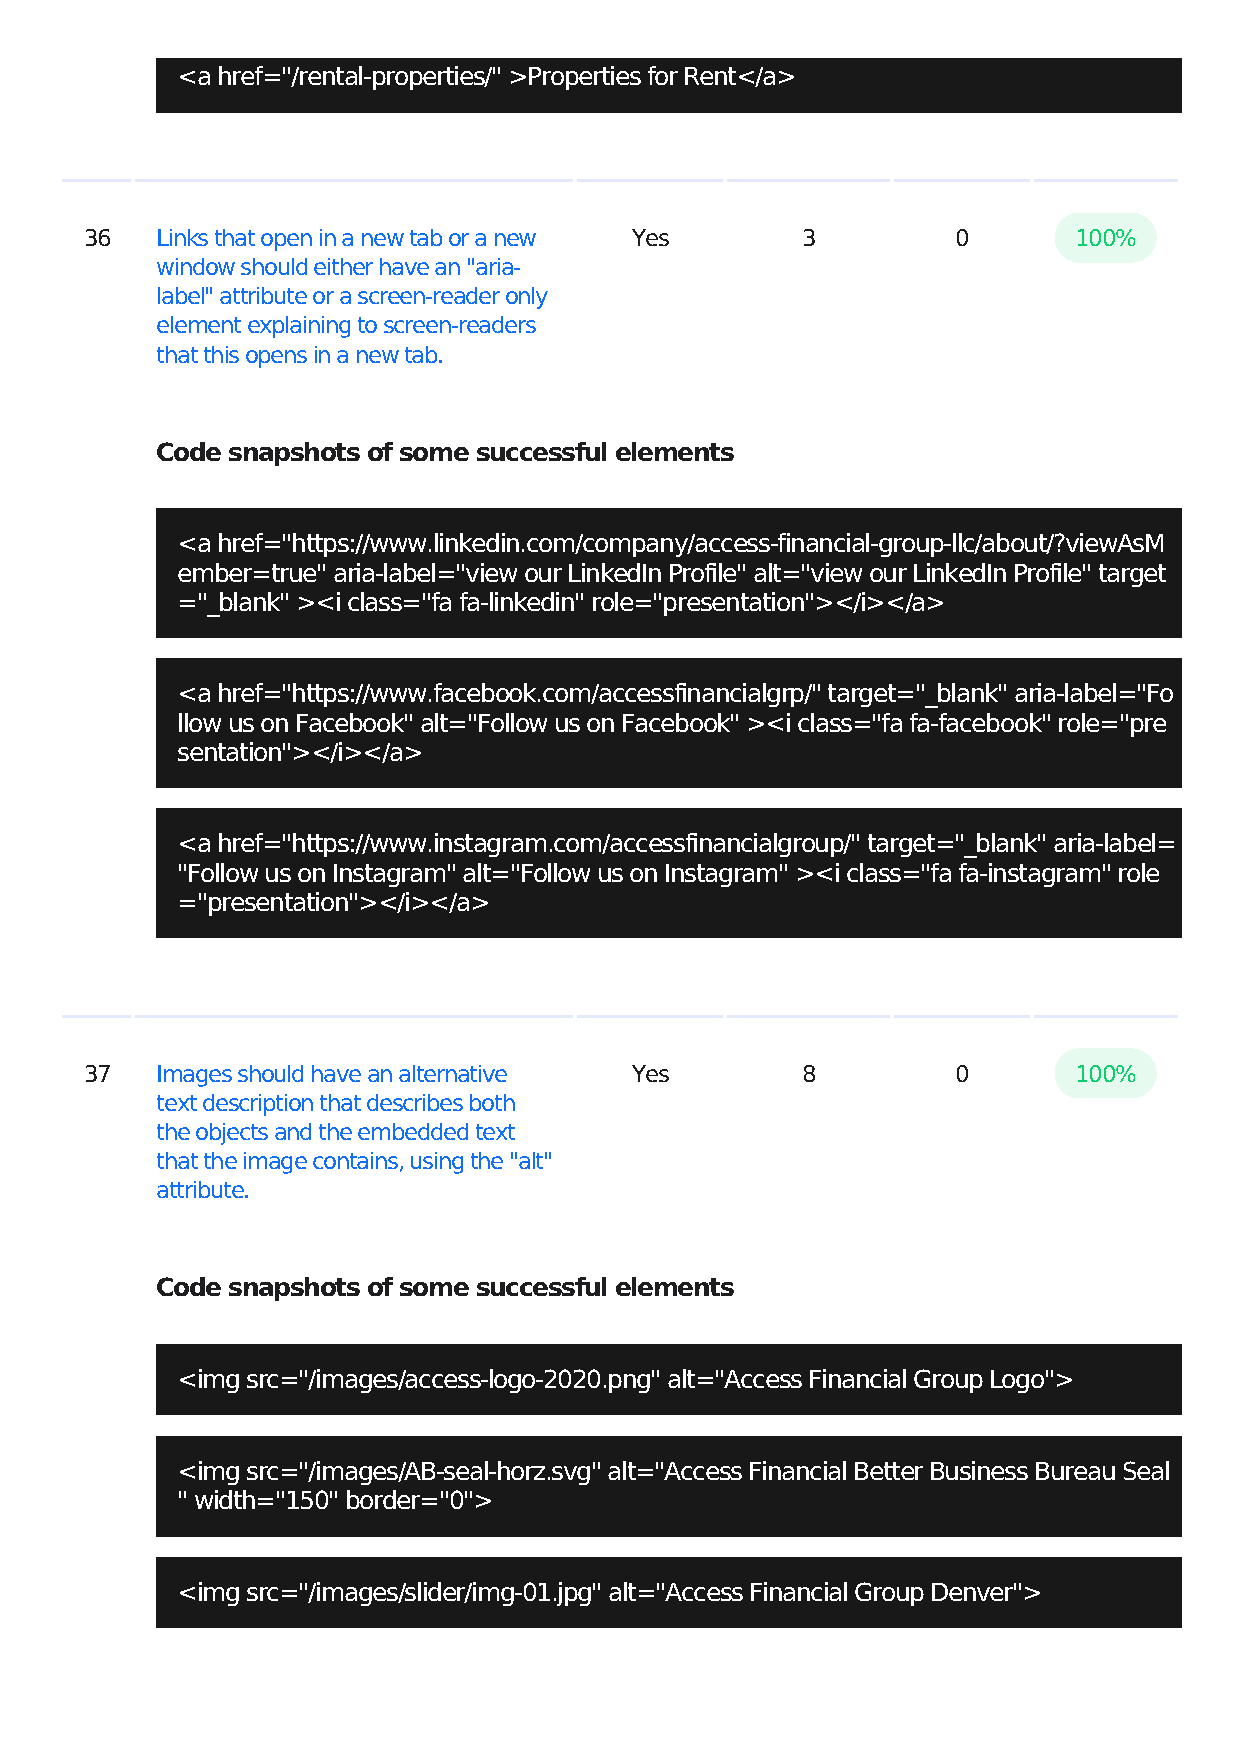
<a href="/rental-properties/" >Properties for Rent</a>
 36  Links that open in a new tab or a new Yes  3         0       100%
 window should either have an "aria-
 label" attribute or a screen-reader only
 element explaining to screen-readers
 that this opens in a new tab.
 Code snapshots of some successful elements
 <a href="https://www.linkedin.com/company/access-financial-group-llc/about/?viewAsM
 ember=true" aria-label="view our LinkedIn Profile" alt="view our LinkedIn Profile" target
 ="_blank" ><i class="fa fa-linkedin" role="presentation"></i></a>
 <a href="https://www.facebook.com/accessfinancialgrp/" target="_blank" aria-label="Fo
 llow us on Facebook" alt="Follow us on Facebook" ><i class="fa fa-facebook" role="pre
 sentation"></i></a>
 <a href="https://www.instagram.com/accessfinancialgroup/" target="_blank" aria-label=
 "Follow us on Instagram" alt="Follow us on Instagram" ><i class="fa fa-instagram" role
 ="presentation"></i></a>
 37  Images should have an alternative Yes      8         0       100%
 text description that describes both
 the objects and the embedded text
 that the image contains, using the "alt"
 attribute.
 Code snapshots of some successful elements
 <img src="/images/access-logo-2020.png" alt="Access Financial Group Logo">
 <img src="/images/AB-seal-horz.svg" alt="Access Financial Better Business Bureau Seal
 " width="150" border="0">
 <img src="/images/slider/img-01.jpg" alt="Access Financial Group Denver">